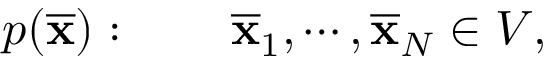
p ( { \overline { { \mathbf { x } } } } ) : \qquad { \overline { { \mathbf { x } } } } _ { 1 } , \cdots , { \overline { { \mathbf { x } } } } _ { N } \in V ,